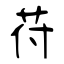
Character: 苻